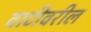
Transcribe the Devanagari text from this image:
वाटीवरील